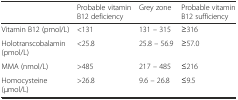
<table><thead><tr><td></td><td><b>Probable vitamin B12 deficiency</b></td><td><b>Grey zone</b></td><td><b>Probable vitamin B12 sufficiency</b></td></tr></thead><tbody><tr><td>Vitamin B12 (pmol/L)</td><td>&lt;131</td><td>131 – 315</td><td>≥316</td></tr><tr><td>Holotranscobalamin (pmol/L)</td><td>&lt;25.8</td><td>25.8 – 56.9</td><td>≥57.0</td></tr><tr><td>MMA (nmol/L)</td><td>&gt;485</td><td>217 – 485</td><td>≤216</td></tr><tr><td>Homocysteine (μmol/L)</td><td>&gt;26.8</td><td>9.6 – 26.8</td><td>≤9.5</td></tr></tbody></table>